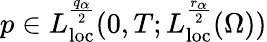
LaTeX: p\in L_{\mathrm{loc}}^{\frac{q_{\alpha}}{2}}(0,T;L_{\mathrm{loc}}^{\frac{r_{\alpha}}{2}}(\Omega))